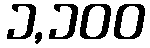
၁,၁၀၀